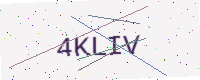
Text: 4KLIV